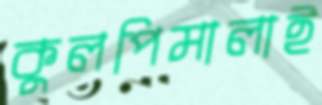
কুলপিমালাই